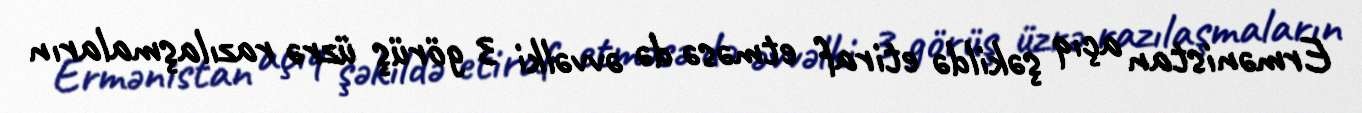
Ermənistan açıq şəkildə etiraf etməsə də əvvəlki 3 görüş üzrə razılaşmaların